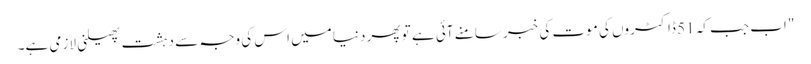
" اب جب کہ 51 ڈاکٹروں کی موت کی خبر سامنے آئی ہے تو پھر دنیا میں اس کی وجہ سے دہشت پھیلنی لازمی ہے۔